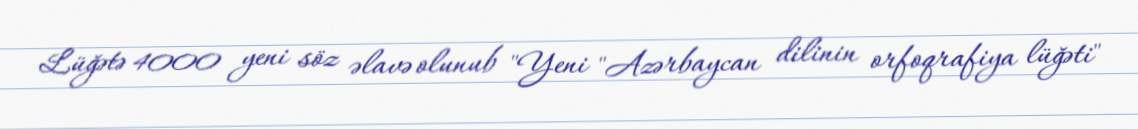
Lüğətə 4000 yeni söz əlavə olunub "Yeni "Azərbaycan dilinin orfoqrafiya lüğəti"